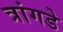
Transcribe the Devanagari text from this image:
त्रांगडे